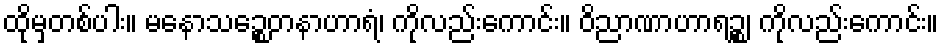
ထိုမှတစ်ပါး။ မနောသဉ္စေတနာဟာရံ၊ ကိုလည်းကောင်း။ ဝိညာဏာဟာရဉ္စ၊ ကိုလည်းကောင်း။